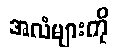
အလံများကို